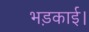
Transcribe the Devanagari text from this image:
भड़काई।